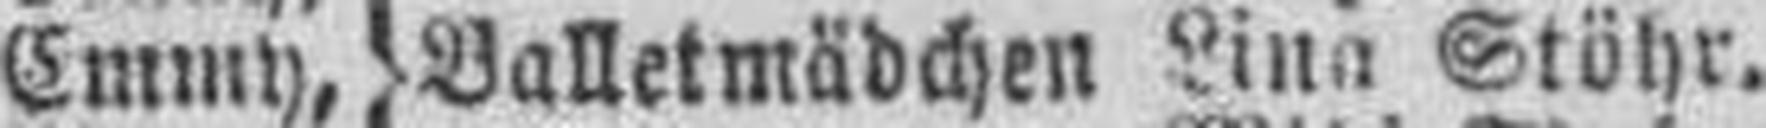
Emmy, Lina Stöhr.